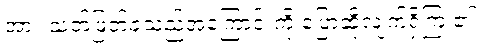
အား သတ်ဖြတ်ခဲ့သည့်အကြောင်းကို ပြောဆိုလျက်ရှိကြ ၏။